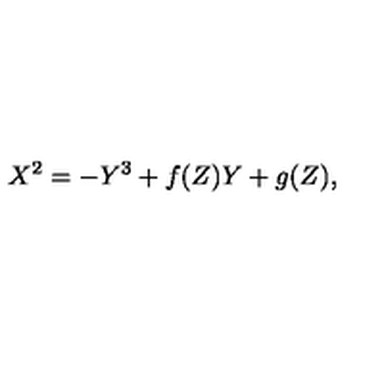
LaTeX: X ^ { 2 } = - Y ^ { 3 } + f ( Z ) Y + g ( Z ) ,